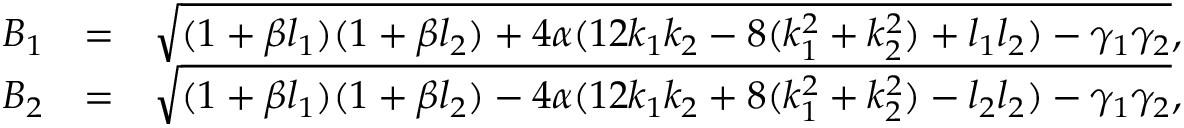
\begin{array} { r l r } { B _ { 1 } } & { = } & { \sqrt { ( 1 + \beta l _ { 1 } ) ( 1 + \beta l _ { 2 } ) + 4 \alpha ( 1 2 k _ { 1 } k _ { 2 } - 8 ( k _ { 1 } ^ { 2 } + k _ { 2 } ^ { 2 } ) + l _ { 1 } l _ { 2 } ) - \gamma _ { 1 } \gamma _ { 2 } } , } \\ { B _ { 2 } } & { = } & { \sqrt { ( 1 + \beta l _ { 1 } ) ( 1 + \beta l _ { 2 } ) - 4 \alpha ( 1 2 k _ { 1 } k _ { 2 } + 8 ( k _ { 1 } ^ { 2 } + k _ { 2 } ^ { 2 } ) - l _ { 2 } l _ { 2 } ) - \gamma _ { 1 } \gamma _ { 2 } } , } \end{array}